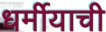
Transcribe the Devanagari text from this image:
धर्मीयाची